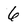
Character: 6